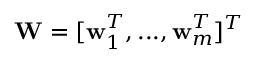
\mathbf { W } = [ \mathbf { w } _ { 1 } ^ { T } , . . . , \mathbf { w } _ { m } ^ { T } ] ^ { T }